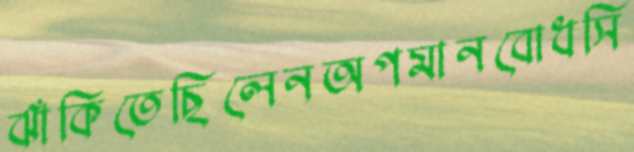
ঝাঁকিতেছিলেনঅপমানবোধসি